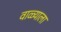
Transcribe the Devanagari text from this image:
वाळ्याला